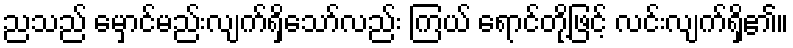
ညသည် မှောင်မည်းလျက်ရှိသော်လည်း ကြယ် ရောင်တို့ဖြင့် လင်းလျက်ရှိ၏။